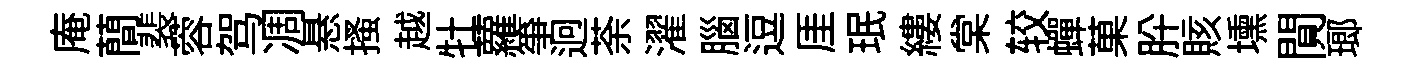
庵蕳裴蓉驾凋悬搔越牡蘿筝迥荼濯腦逗厓珉縷棠较蟬菓肸賅壎閴瑯